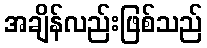
အချိန်လည်းဖြစ်သည်